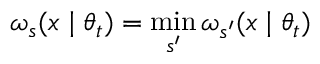
\omega _ { s } ( x \mid \theta _ { t } ) = \operatorname* { m i n } _ { s ^ { \prime } } \omega _ { s ^ { \prime } } ( x \mid \theta _ { t } )